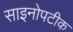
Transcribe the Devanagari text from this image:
साइनोपटीक